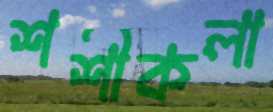
শশীকলা